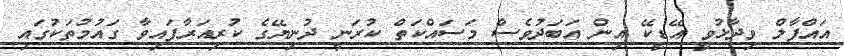
އައްފާލް ވިދާޅުވީ އޭޑީކޭ އިން އަބަދުވެސް މަސައްކަތް ކުރަނީ ދުނިޔޭގެ ކުރިއަރާފައިވާ ގައުމުތަކުގައި